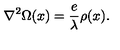
{ \bf \nabla } ^ { 2 } \Omega ( x ) = \frac { e } { \lambda } \rho ( x ) .